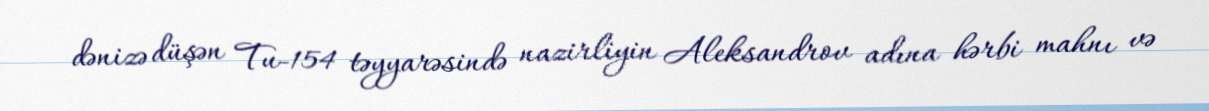
dənizə düşən Tu-154 təyyarəsində nazirliyin Aleksandrov adına hərbi mahnı və